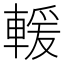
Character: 𫏺